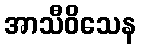
အာသီဝိသေန